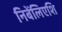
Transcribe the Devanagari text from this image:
निबेंलिएशि